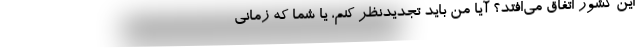
اين كشور اتّفاق مى‌افتد؟ آيا من بايد تجديدنظر كنم، يا شما كه زمانى